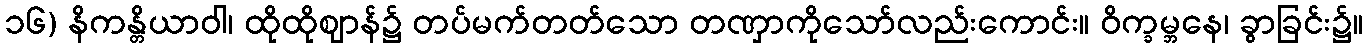
၁၆) နိကန္တိယာဝါ၊ ထိုထိုဈာန်၌ တပ်မက်တတ်သော တဏှာကိုသော်လည်းကောင်း။ ဝိက္ခမ္ဘနေ၊ ခွာခြင်း၌။